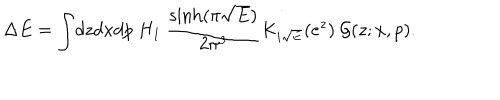
\Delta E = \int \! d z d x d p ~ H _ { 1 } ~ \frac { \sinh ( \pi \sqrt { E } ) } { 2 \pi ^ { 3 } } K _ { i \sqrt { E } } ( e ^ { z } ) ~ \mathcal { G } ( z ; x , p ) .